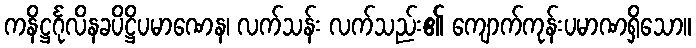
ကနိဋ္ဌင်္ဂုလိနခပိဋ္ဌိပမာဏေန၊ လက်သန်း လက်သည်း၏ ကျောက်ကုန်းပမာဏရှိသော။